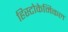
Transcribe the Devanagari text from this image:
हिस्टोकेमिकल